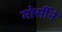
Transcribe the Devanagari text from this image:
मोर्सीने